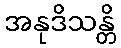
အနုဒိသန္တိ